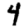
Digit: 4